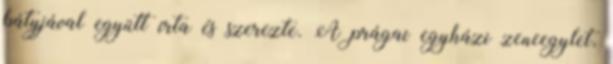
bátyjával együtt írta és szerezte. A prágai egyházi zeneegylet,